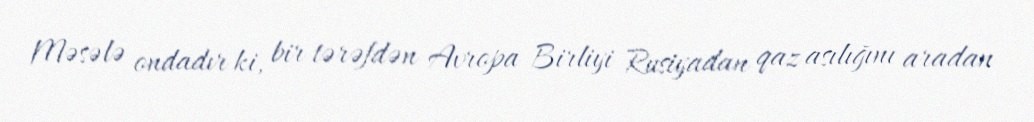
Məsələ ondadır ki, bir tərəfdən Avropa Birliyi Rusiyadan qaz asılığını aradan